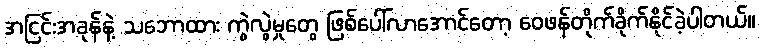
အငြင်းအခုန်နဲ့ သဘောထား ကွဲလွဲမှုတွေ ဖြစ်ပေါ်လာအောင်တော့ ဝေဖန်တိုက်ခိုက်နိုင်ခဲ့ပါတယ်။